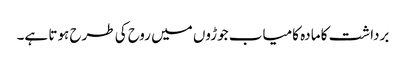
برداشت کا مادہ کامیاب جوڑوں میں روح کی طرح ہوتا ہے۔